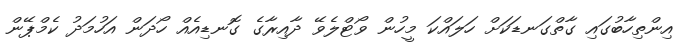
އިންތިހާބުގައި ގާތްގަނޑަކަށް ހަލައްކަ މީހުން ވޯޓްލެވޭ ދާއިރާގެ ގޮނޑިއެއް ހޯދަން އަހުމަދު ކެމްޕޭން